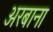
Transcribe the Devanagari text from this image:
अरबाना